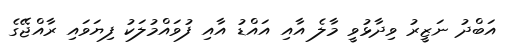
އަބްދު ނަޒީރު ވިދާޅުވީ މާލެ އާއި އައްޑު އާއި ފުވައްމުލަކު ފިޔަވައި ރާއްޖޭގެ